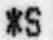
*S